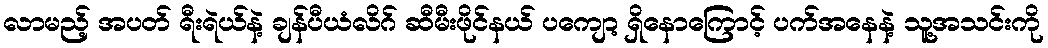
လာမည့် အပတ် ရီးရဲယ်နဲ့ ချန်ပီယံလိဂ် ဆီမီးဖိုင်နယ် ပကျော့ ရှိနောကြောင့် ပက်အနေနဲ့ သူ့အသင်းကို